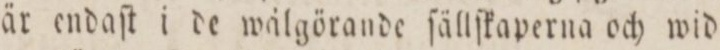
är endaſt i de wälgörande ſällſkaperna och wid